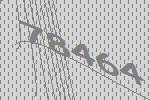
78464